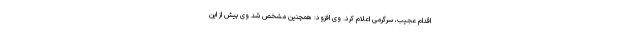
اقدام عجیب، سرگرمی اعلام کرد. وی افزود: همچنین مشخص شد وی پیش از این